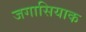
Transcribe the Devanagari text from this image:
जगासियाक